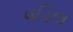
વડિલ